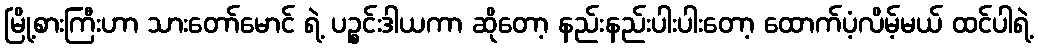
မြို့စားကြီးဟာ သားတော်မောင် ရဲ့ ပဉ္စင်းဒါယကာ ဆိုတော့ နည်းနည်းပါးပါးတော့ ထောက်ပံ့လိမ့်မယ် ထင်ပါရဲ့